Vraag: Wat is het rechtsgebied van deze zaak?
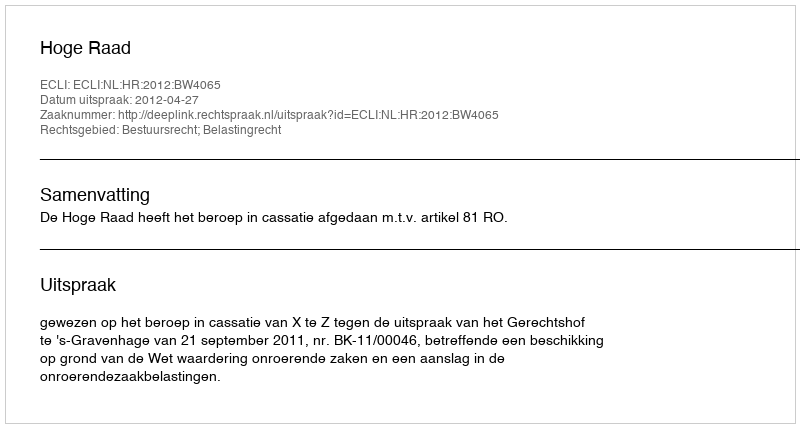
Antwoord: Bestuursrecht; Belastingrecht